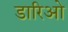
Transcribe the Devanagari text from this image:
डारिओ